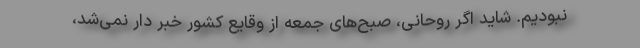
نبودیم. شاید اگر روحانی، صبح‌های جمعه از وقایع کشور خبر دار نمی‌شد،